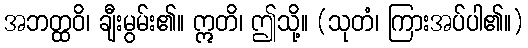
အဘတ္ထဝိ၊ ချီးမွမ်း၏။ ဣတိ၊ ဤသို့။ (သုတံ၊ ကြားအပ်ပါ၏။)